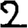
Digit: 2